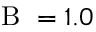
\mathrm { ~ B ~ } = 1 . 0